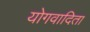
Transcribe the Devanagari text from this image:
योगवादिता